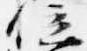
位